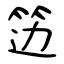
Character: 笾